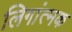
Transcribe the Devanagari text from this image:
लिगांत्मक